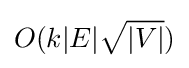
O(k|E|{\sqrt {|V|}})